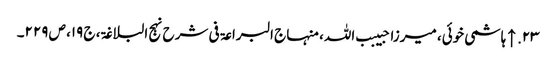
۲۳. ↑ ہاشمی خوئی، میرزا حبیبب اللہ، منہاج البراعۃ فی شرح نہج البلاغۃ، ج ۱۹، ص ۲۲۹۔